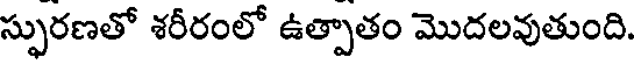
స్ఫురణతో శరీరంలో ఉత్పాతం మొదలవుతుంది.